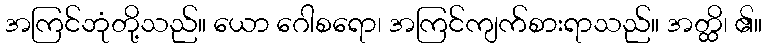
အကြင်ဘုံတို့သည်။ ယော ဂေါစရော၊ အကြင်ကျက်စားရာသည်။ အတ္ထိ၊ ၏။